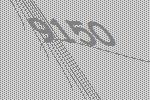
9150